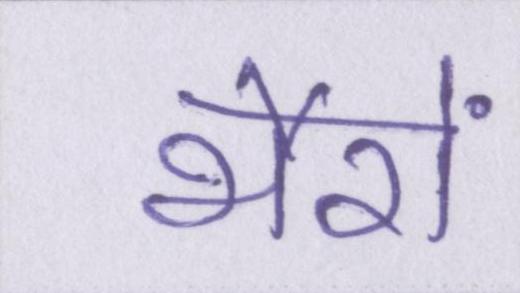
भैरों